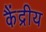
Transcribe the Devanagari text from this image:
कैंद्रीय